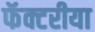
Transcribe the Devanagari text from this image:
फॅक्टरीया